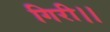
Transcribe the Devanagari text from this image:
गिरी।।